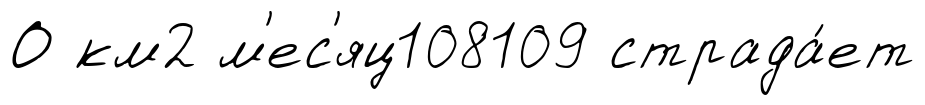
О км2 м'ес'яц108109 страда́ет